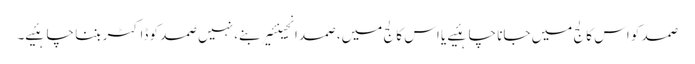
صمد کو اس کالج میں جانا چاہئیے یا اس کالج میں، صمد انجینئیر بنے، نہیں صمد کو ڈاکٹر بننا چاہئیے۔